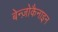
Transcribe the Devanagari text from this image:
बेन्ज़ोकैनाइन